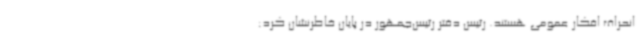
انحراف افکار عمومی هستند. رئیس دفتر رئیس‌جمهور در پایان خاطرنشان کرد: